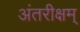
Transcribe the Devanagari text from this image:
अंतरीक्षम्